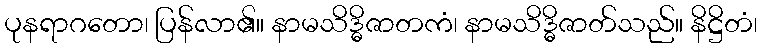
ပုနရာဂတော၊ ပြန်လာ၏။ နာမသိဒ္ဓိဇာတကံ၊ နာမသိဒ္ဓိဇာတ်သည်။ နိဋ္ဌိတံ၊